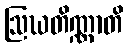
ဩဃတိဏ္ဏာတိ